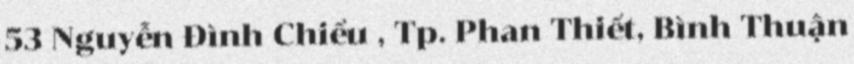
53 Nguyễn Đình Chiểu , Tp. Phan Thiết, Bình Thuận